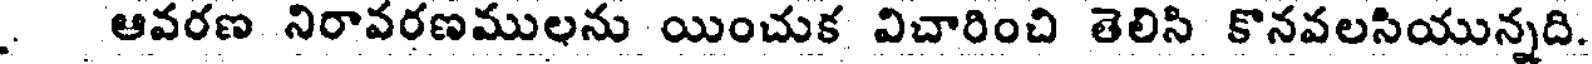
. ఆవరణ నిరావరణములను యించుక విచారించి తెలిసి కొనవలసియున్నది.